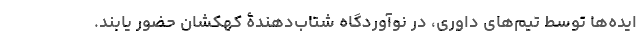
ایده‌ها توسط تیم‌های داوری، در نوآوردگاه شتاب‌دهندۀ کهکشان حضور یابند.